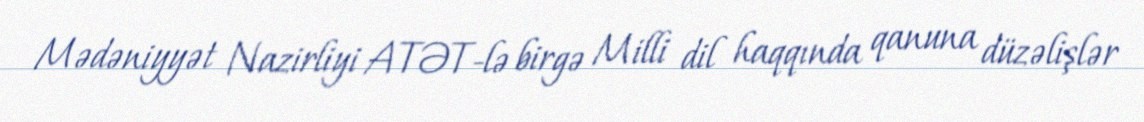
Mədəniyyət Nazirliyi ATƏT-lə birgə Milli dil haqqında qanuna düzəlişlər